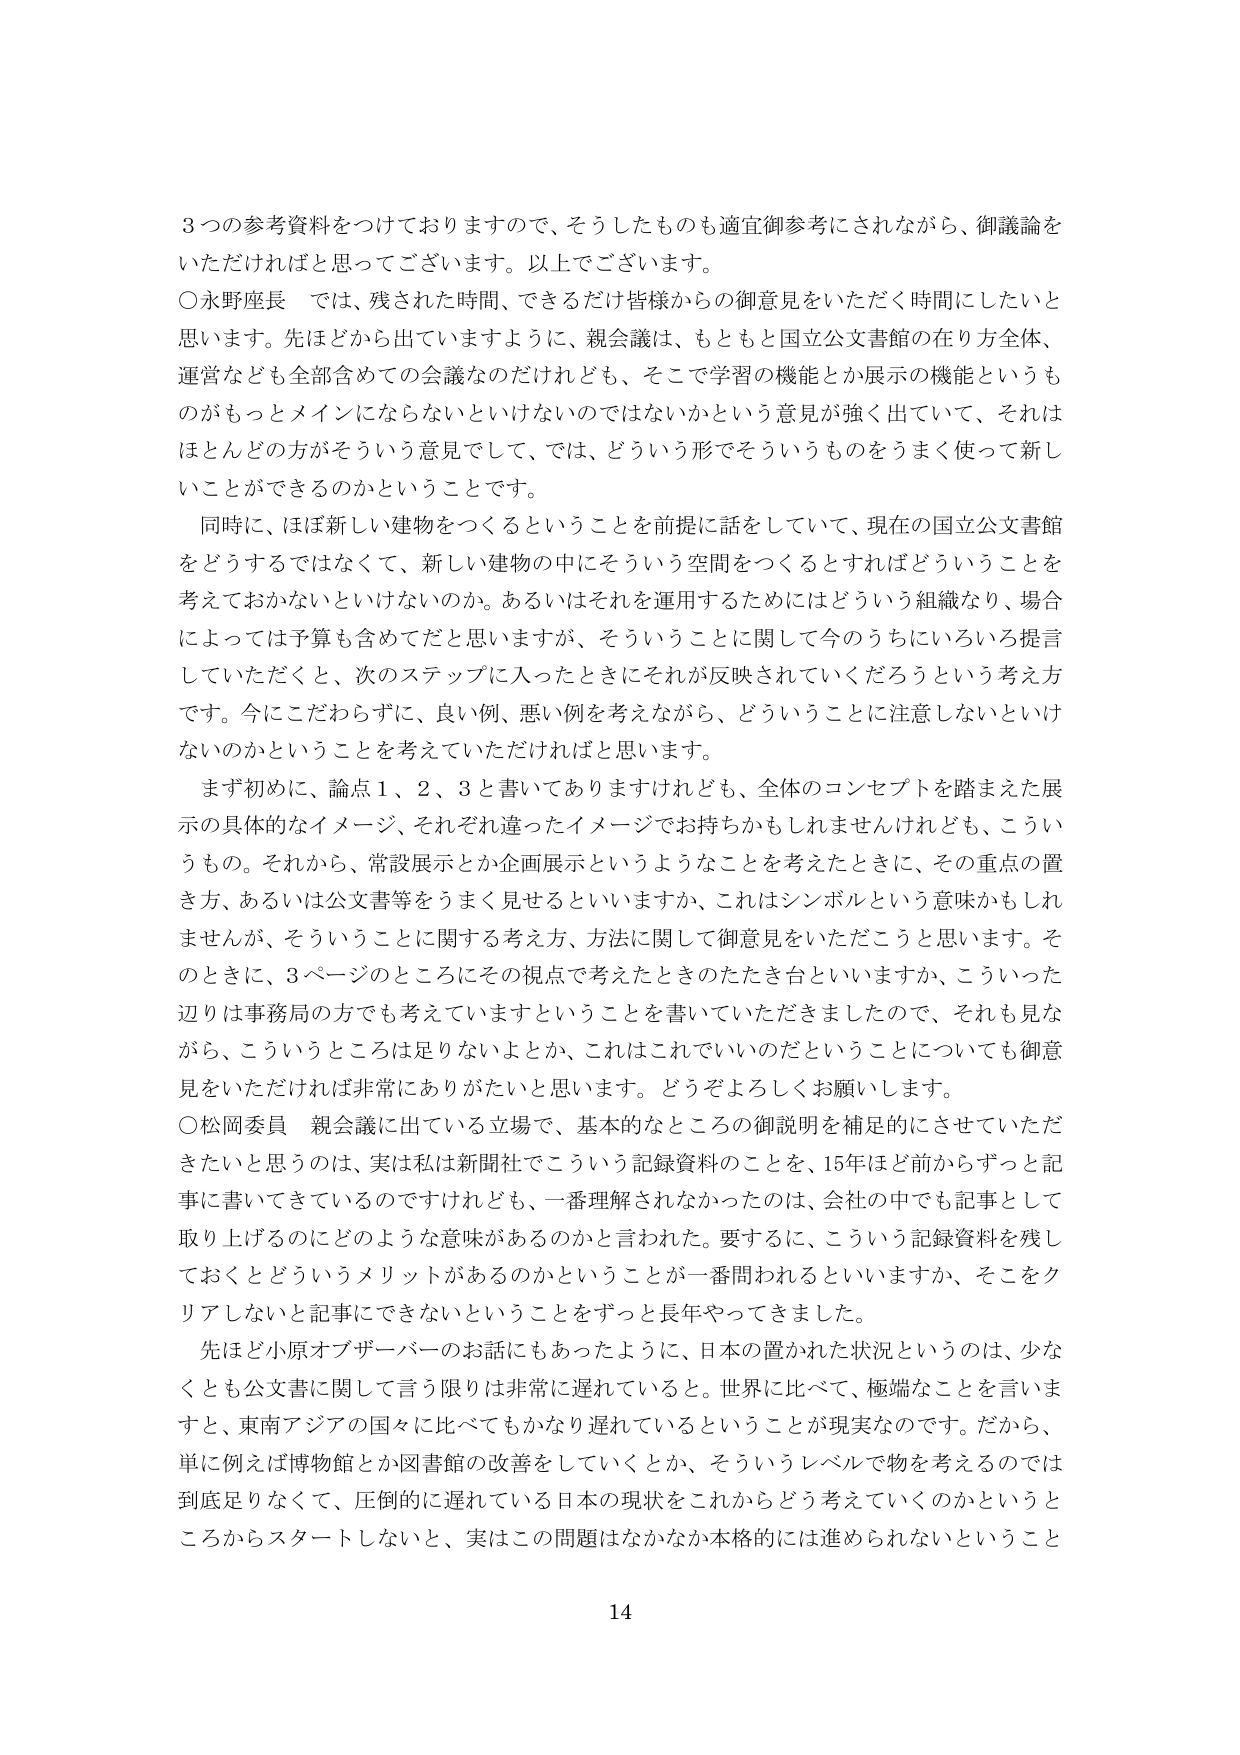
3つの参考資料をつけておりますので、そうしたものも適宜御参考にされながら、御議論をいただければと思ってございます。以上でございます。

○永野座長　では、残された時間、できるだけ皆様からの御意見をいただく時間にしたいと思います。先ほどから出ていますように、親会議は、もともと国立公文書館の在り方全体、運営なども全部含めての会議なのだけれども、そこで学習の機能とか展示の機能というものがもっとメインにならないといけないのではないかという意見が強く出ていて、それはほとんどの方がそういう意見をして、では、どういう形でそういうものをうまく使って新しいことができるのかということです。

同時に、ほぼ新しい建物をつくるということを前提に話をしていて、現在の国立公文書館をどうするではなくて、新しい建物の中にそういう空間をつくるとすればどういうことを考えておかないといけないのか。あるいはそれを運用するためにはどういう組織なり、場合によっては予算も含めてだと思いますが、そういうことに関して今のうちにいろいろ提言していただくと、次のステップに入ったときにそれが反映されていくだろうという考え方です。今にこだわらずに、良い例、悪い例を考えながら、どういうことに注意しないといけないのかということを考えていただければと思います。

まず初めに、論点1、2、3と書いてありますけれども、全体のコンセプトを踏まえた展示の具体的なイメージ、それぞれ違ったイメージでお持ちかもしれませんが、こういうもの。それから、常設展示とか企画展示というようなことを考えたときに、その重点の置き方、あるいは公文書等をうまく見せるといいますか、これはシンボルという意味かもしれませんが、そういうことに関する考え方、方法に関して御意見をいただきたいと思います。そのときに、3ページのところにその視点で考えたときのたたき台といいますか、こういった辺りは事務局の方でも考えていますということを書いていただきましたので、それも見ながら、こういうところは足りないよとか、これはこれでいいのだということについても御意見いただければ非常にありがたいと思います。どうぞよろしくお願いします。

○松岡委員　親会議に出てている立場で、基本的なところの御説明を補足的にさせていただきたいと思うのは、実は私は新聞社でこういう記録資料のことを、15年ほど前からずっと記事に書いてきているのですけれども、一番理解されなかったのは、会社の中でも記事として取り上げるのにどのような意味があるのかと言われた。要するに、こういう記録資料を残しておくとどういうメリットがあるのかということが一番問われるといいますか、そこをクリアしないと記事にできないということをずっと長年やってきました。

先ほど小原オブザーバーのお話にもあったように、日本の置かれた状況というのは、少なくとも公文書に関して言う限りは非常に遅れていると。世界に比べて、極端なことを言いますと、東南アジアの国々に比べてもかなり遅れているということが現実なのです。だから、単に例えば博物館とか図書館の改善をしていくとか、そういうレベルで物を考えるのでは到底足りなくて、圧倒的に遅れている日本の現状をこれからどう考えていくのかというところからスタートしないと、実はこの問題はなかなか本格的には進められないということ

14